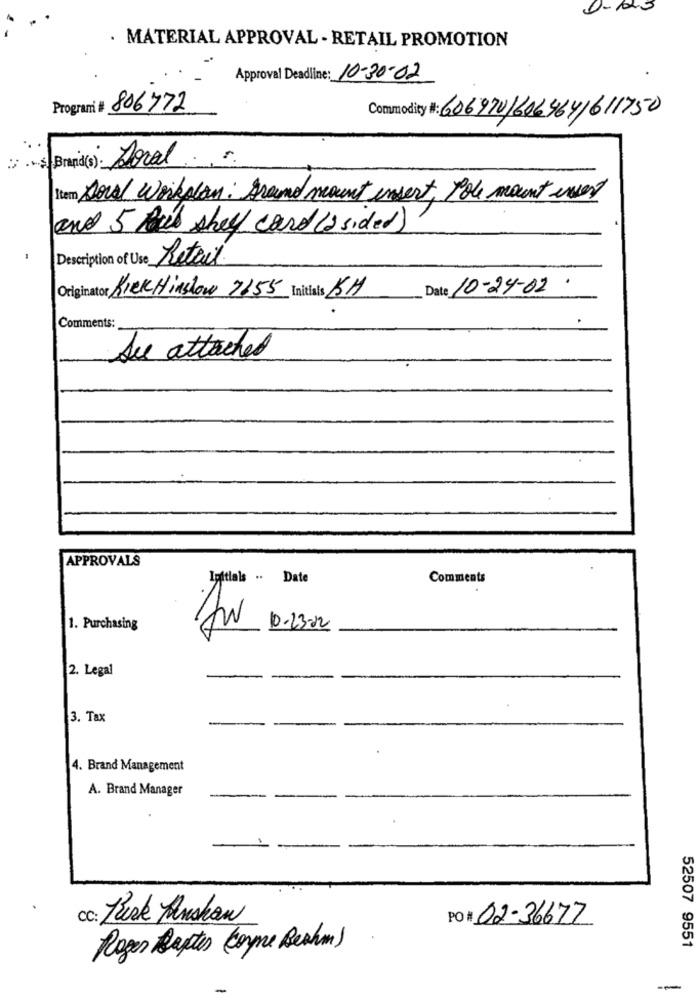
. MATERIAL APPROVAL - RETAIL PROMOTION
Approval Deadline: 10-30-02
Program # 806772
Commodity #: 606970/606964/611750
: Brand(s): Soral
Item DoralWerkplan: Brand mount insert, Pole mount insert
and 5 Boul shell card (2 sided)
Description of Use Reteal
Date 10-24-02
Originator Rick Hinslow 2655 Initials 15H
Comments:
See attached
APPROVALS
Initials .. Date
Comments
1. Purchasing
10-23-22
2. Legal
3. Tax
-
4. Brand Management
A. Brand Manager
CC: Husk Anshan
PO # 02-36677
Roger Ruptes (Corne Beahm)
52507 9551
-